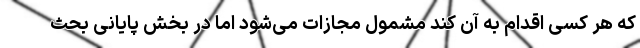
که هر کسی اقدام به آن کند مشمول مجازات می‌شود اما در بخش پایانی بحث